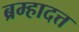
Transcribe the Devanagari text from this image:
ब्रम्हादत्त